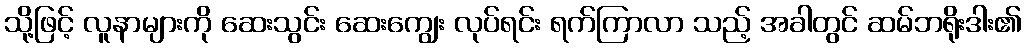
သို့ဖြင့် လူနာများကို ဆေးသွင်း ဆေးကျွေး လုပ်ရင်း ရက်ကြာလာ သည့် အခါတွင် ဆမ်ဘရိုးဒါး၏